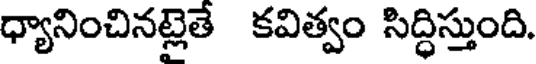
ధ్యానించినట్లెతే కవిత్వం సిద్ధిస్తుంది.